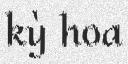
kỳ hoa